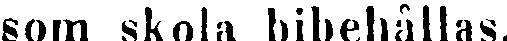
som skola bibehållas.